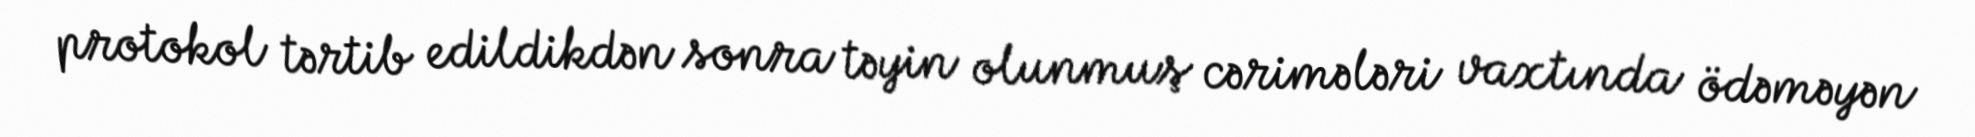
protokol tərtib edildikdən sonra təyin olunmuş cərimələri vaxtında ödəməyən